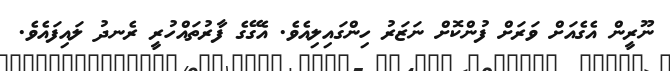
ނޫރީން އެގެއަށް ވަރަށް ފުންކޮށް ނަޒަރު ހިންގައިލިއެވެ. އެގޭގެ ފާރުތައްހުރީ ރެނދު ލައިފައެވެ.